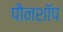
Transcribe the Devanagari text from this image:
पौनशॉप